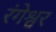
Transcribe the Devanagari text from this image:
रंगेश्वर